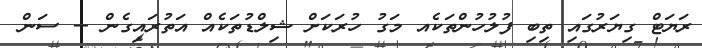
ރަޔަޓް ގިޔަރުގައި ތިބި ފުލުހުންތަކެއ މަގު ހުރަކަށް ޝިލްޑުތަކެއް އަތުރައިގެން -- ސަން